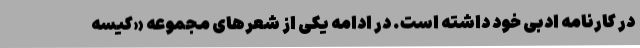
در کارنامه ادبی خود داشته است. در ادامه یکی از شعرهای مجموعه «کیسه